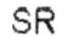
SR